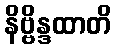
နိဗ္ဗိန္ဒထာတိ